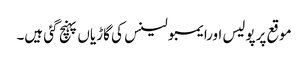
موقع پرپولیس اورایمبولینس کی گاڑیاں پہنچ گئی ہیں۔